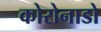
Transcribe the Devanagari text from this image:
कोरोनाडो